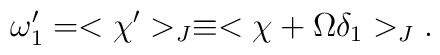
\omega_1^\prime=<\chi^\prime>_J\equiv <\chi+\Omega \delta_1>_J.